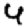
Digit: 4